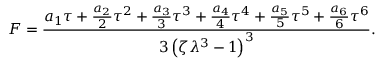
F = \frac { a _ { 1 } \tau + \frac { a _ { 2 } } { 2 } \tau ^ { 2 } + \frac { a _ { 3 } } { 3 } \tau ^ { 3 } + \frac { a _ { 4 } } { 4 } \tau ^ { 4 } + \frac { a _ { 5 } } { 5 } \tau ^ { 5 } + \frac { a _ { 6 } } { 6 } \tau ^ { 6 } } { 3 \left( \zeta \lambda ^ { 3 } - 1 \right) ^ { 3 } } .